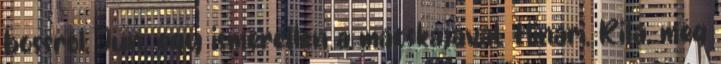
bossról, Jun, egy ismeretlen a macskájával, Hinari, Rita, még